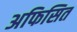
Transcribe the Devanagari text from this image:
अफिसित